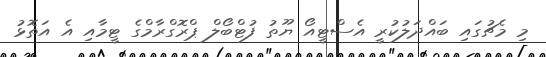
މި މެޗުގައި ބައްދަލުކުރީ އެސްޓީއޯ ޔޫތު ފުޓްބޯލް ޕްރޮގްރާމްގެ ޓީމާއި އެ އަތޮޅު